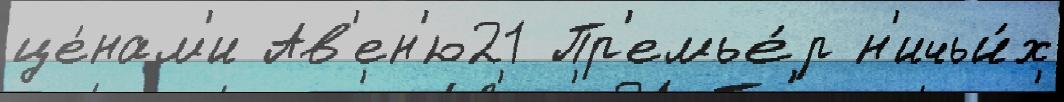
це́нам'и Ав'ен'ю21 Пр'емье́р н'ичьи́х